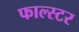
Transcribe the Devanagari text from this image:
फाल्स्टर